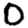
Digit: 0